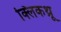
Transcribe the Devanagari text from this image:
क्लिकथ्रू